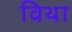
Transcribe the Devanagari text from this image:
विथा